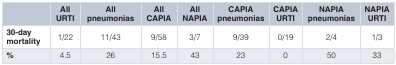
<table><thead><tr><td></td><td><b>AllURTI</b></td><td><b>Allpneumonias</b></td><td><b>AllCAPIA</b></td><td><b>AllNAPIA</b></td><td><b>CAPIApneumonias</b></td><td><b>CAPIAURTI</b></td><td><b>NAPIApneumonias</b></td><td><b>NAPIAURTI</b></td></tr></thead><tbody><tr><td><b>30-day</b><b>mortality</b></td><td>1/22</td><td>11/43</td><td>9/58</td><td>3/7</td><td>9/39</td><td>0/19</td><td>2/4</td><td>1/3</td></tr><tr><td><b>%</b></td><td>4.5</td><td>26</td><td>15.5</td><td>43</td><td>23</td><td>0</td><td>50</td><td>33</td></tr></tbody></table>